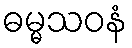
ဓမ္မသဝနံ